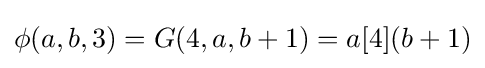
\phi (a,b,3)=G(4,a,b+1)=a[4](b+1)